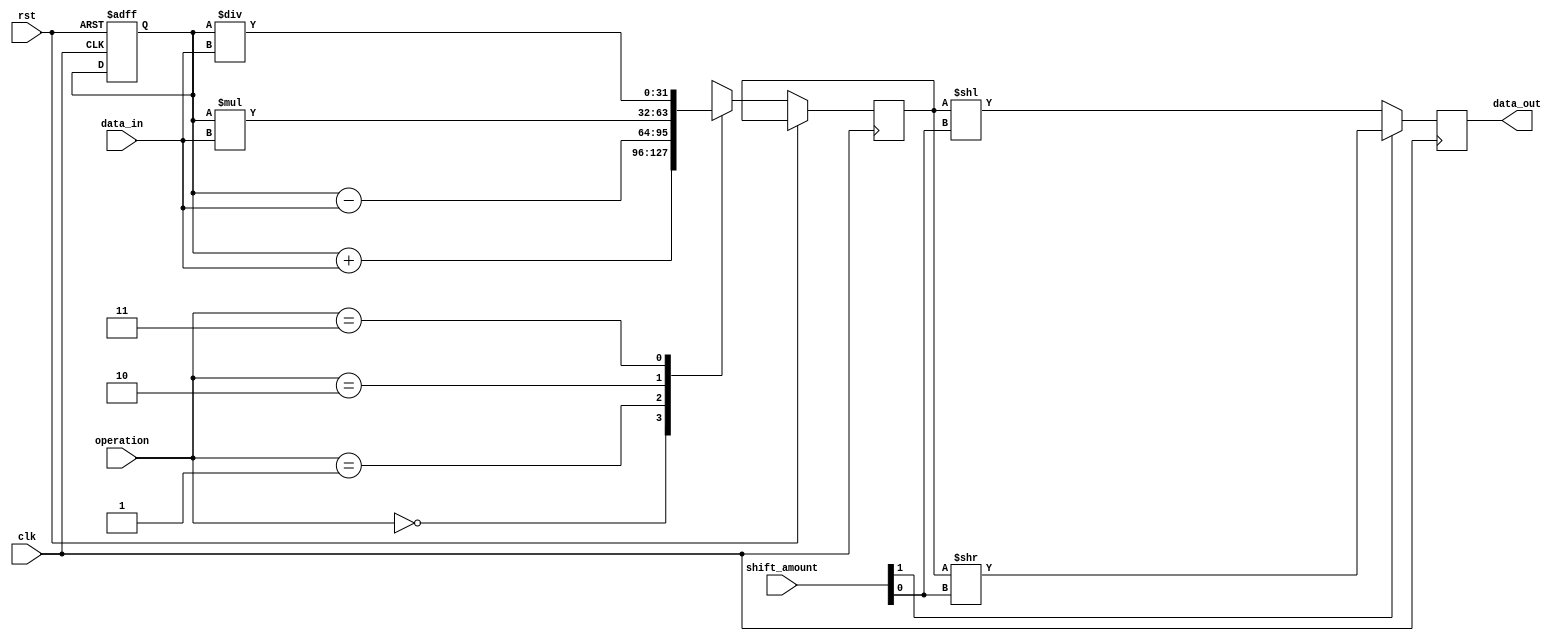
module shift_register(
  input clk,
  input rst,
  input [31:0] data_in,
  input [1:0] shift_amount,
  input [1:0] operation,
  output reg [31:0] data_out
);

reg [31:0] shift_reg;
reg [31:0] result;

always @(posedge clk or posedge rst) begin
  if (rst) begin
    shift_reg <= 0;
  end else begin
    case(operation)
      2'b00: // Addition operation
        begin
          result = shift_reg + data_in;
        end
      2'b01: // Subtraction operation
        begin
          result = shift_reg - data_in;
        end
      2'b10: // Multiplication operation
        begin
          result = shift_reg * data_in;
        end
      2'b11: // Division operation
        begin
          result = shift_reg / data_in;
        end
    endcase
  end
end

always @(posedge clk) begin
  if (shift_amount[1] == 1'b1) begin
    data_out <= result >> shift_amount[0];
  end else begin
    data_out <= result << shift_amount[0];
  end
end

endmodule